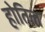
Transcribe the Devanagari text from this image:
होतिल